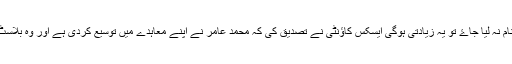
جہاں فرسٹ کلاس کرکٹ کا نام لیا جاۓ وہاں محمد عامر کا نام نہ لیا جاۓ تو یہ زیادتی ہوگی ایسکس کاؤنٹی نے تصدیق کی کہ محمد عامر نے اپنے معاہدے میں توسیع کردی ہے اور وہ بلاسٹ ٹی ٹوئنٹی کے علاوہ ایک فرسٹ کلاس میچ بھی کھیلیں گے۔